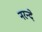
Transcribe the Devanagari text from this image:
नरन्दे